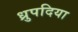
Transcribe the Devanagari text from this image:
ध्रुपदिया